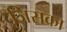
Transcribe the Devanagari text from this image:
जिसका